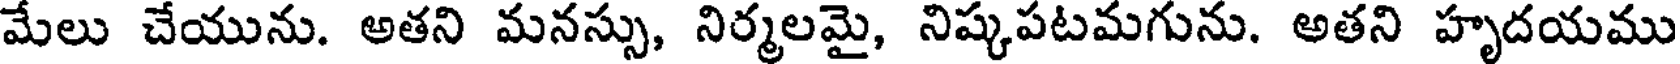
మేలు చేయును. అతని మనస్సు, నిర్మలమై, నిష్కపటమగును. అతని హృదయము